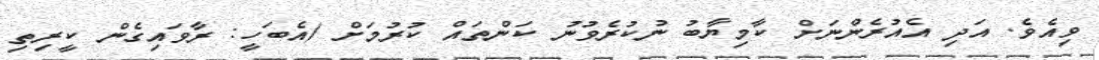
ވިއެވެ. އަދި އެއުރެންނަށް ކާމިޔާބު ނުކުރެވުނު ކަންތައް ކުރުމަށް (އެބަހީ: ރާވައިގެން ކީރިތި